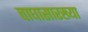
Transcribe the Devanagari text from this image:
वाघासारख्या